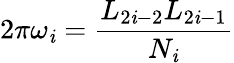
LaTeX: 2\pi\omega_{\mathit{i}}=\frac{{L_{2\mathit{i}-2}L_{2\mathit{i}-1}}}{{N_{\mathit{i}}}}